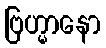
ဗြဟ္မာနော